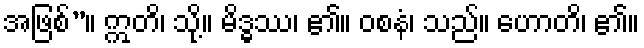
အဖြစ်”။ ဣတိ၊ သို့။ မိဒ္ဓဿ၊ ၏။ ဝစနံ၊ သည်။ ဟောတိ၊ ၏။